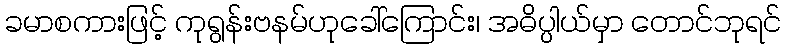
ခမာစကားဖြင့် ကုရွန်းဗနမ်ဟုခေါ်ကြောင်း၊ အဓိပ္ပါယ်မှာ တောင်ဘုရင်